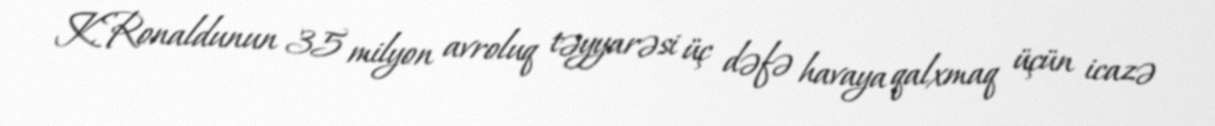
K.Ronaldunun 35 milyon avroluq təyyarəsi üç dəfə havaya qalxmaq üçün icazə